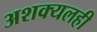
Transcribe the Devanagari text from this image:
अशक्यलही